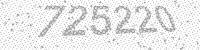
Solution: 725220